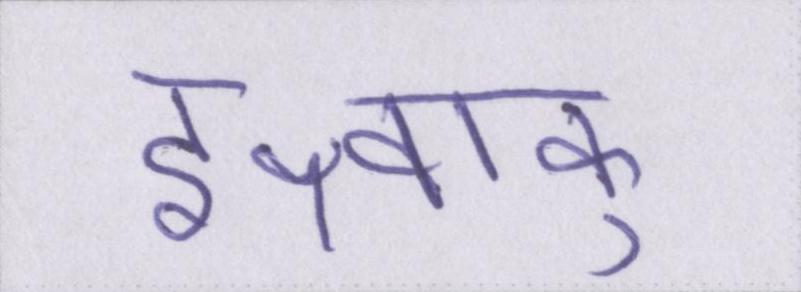
इक्ष्वाकु